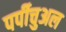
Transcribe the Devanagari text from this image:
पर्पीचुअल